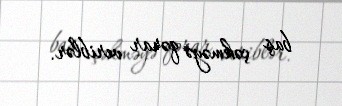
baş çəkməyə qərar veriblər.